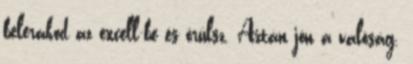
belerakod az excell-be és örülsz. Aztán jön a valóság.